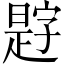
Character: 𪰿